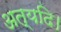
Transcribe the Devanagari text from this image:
अत्यदि।